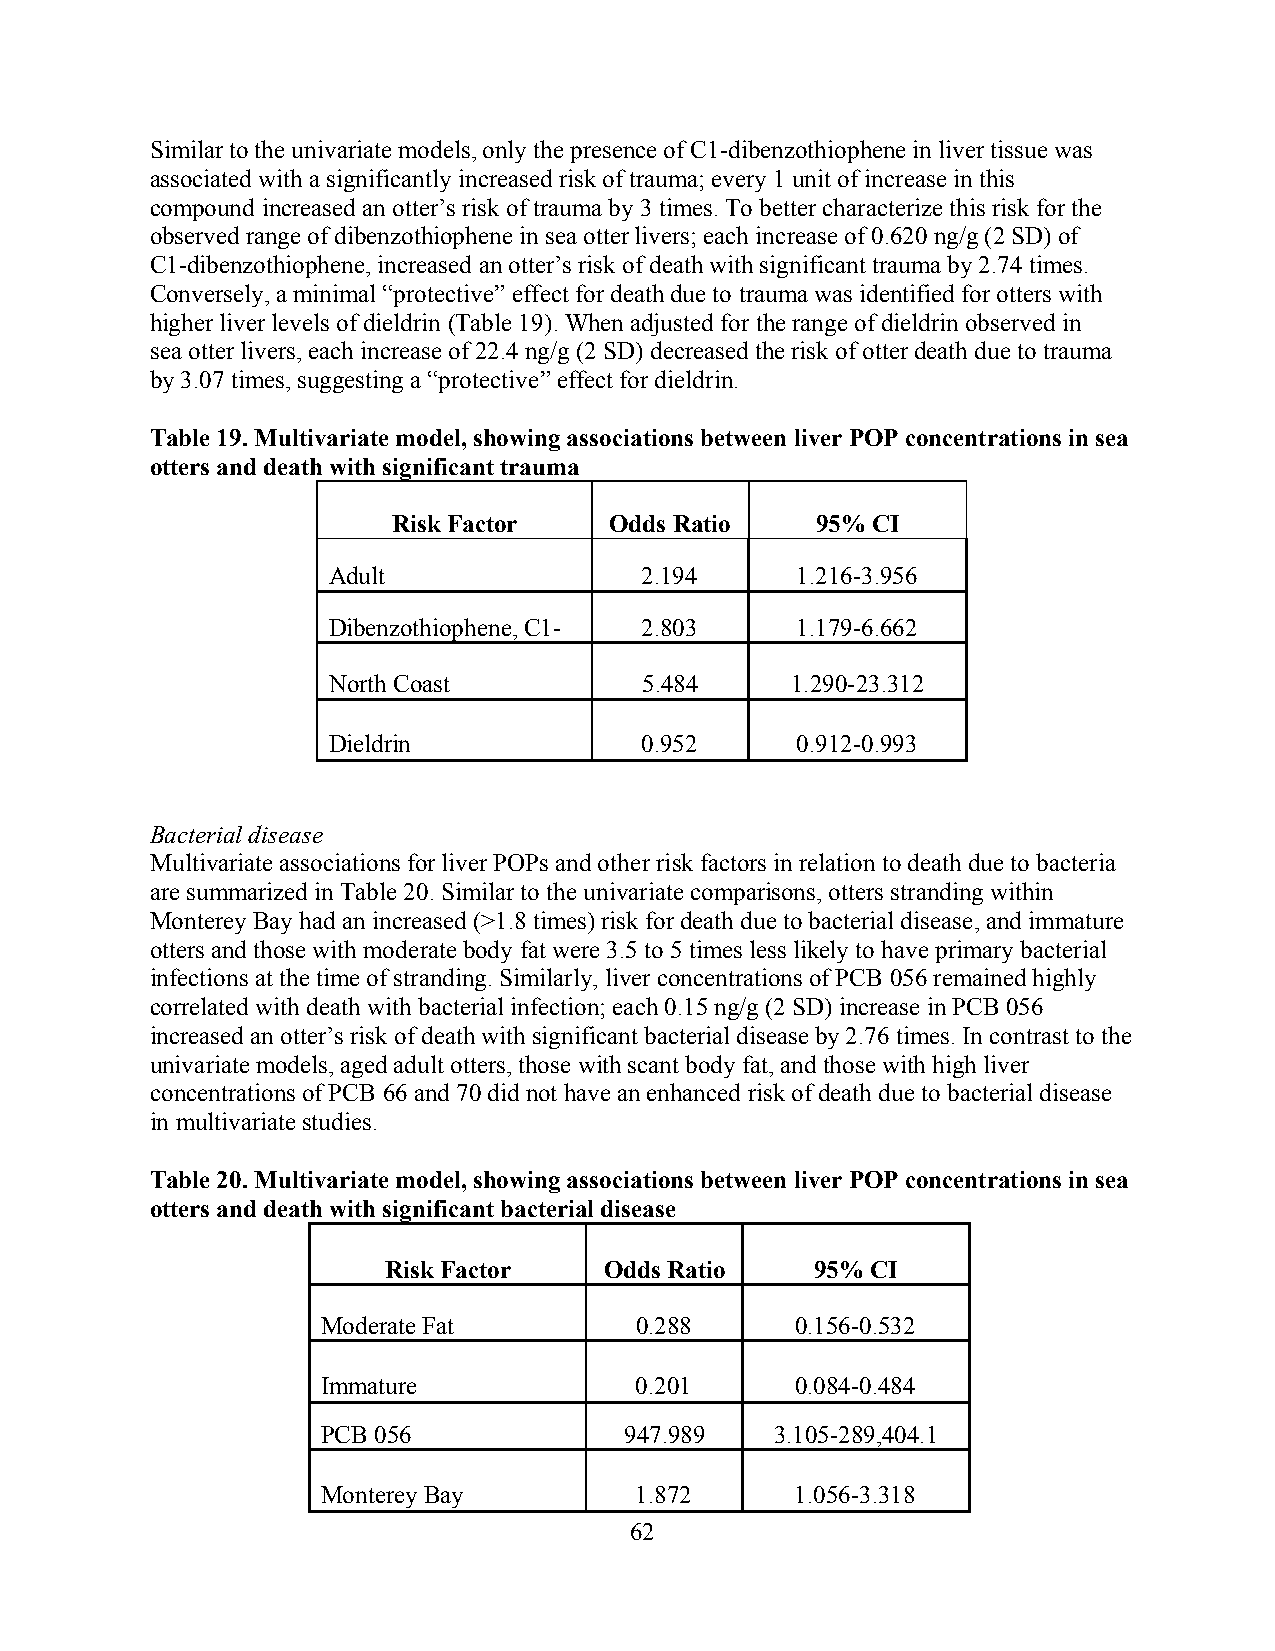
Similar to the univariate models, only the presence of C1-dibenzothiophene in liver tissue was
 associated with a significantly increased risk of trauma; every 1 unit of increase in this
 compound increased an otter’s risk of trauma by 3 times. To better characterize this risk for the
 observed range of dibenzothiophene in sea otter livers; each increase of 0.620 ng/g (2 SD) of
 C1-dibenzothiophene, increased an otter’s risk of death with significant trauma by 2.74 times.
 Conversely, a minimal “protective” effect for death due to trauma was identified for otters with
 higher liver levels of dieldrin (Table 19). When adjusted for the range of dieldrin observed in
 sea otter livers, each increase of 22.4 ng/g (2 SD) decreased the risk of otter death due to trauma
 by 3.07 times, suggesting a “protective” effect for dieldrin.
 Table 19. Multivariate model, showing associations between liver POP concentrations in sea
 otters and death with significant trauma
 Risk Factor   Odds Ratio    95% CI
 Adult                2.194     1.216-3.956
 Dibenzothiophene, C1- 2.803    1.179-6.662
 North Coast          5.484    1.290-23.312
 Dieldrin             0.952     0.912-0.993
 Bacterial disease
 Multivariate associations for liver POPs and other risk factors in relation to death due to bacteria
 are summarized in Table 20. Similar to the univariate comparisons, otters stranding within
 Monterey Bay had an increased (>1.8 times) risk for death due to bacterial disease, and immature
 otters and those with moderate body fat were 3.5 to 5 times less likely to have primary bacterial
 infections at the time of stranding. Similarly, liver concentrations of PCB 056 remained highly
 correlated with death with bacterial infection; each 0.15 ng/g (2 SD) increase in PCB 056
 increased an otter’s risk of death with significant bacterial disease by 2.76 times. In contrast to the
 univariate models, aged adult otters, those with scant body fat, and those with high liver
 concentrations of PCB 66 and 70 did not have an enhanced risk of death due to bacterial disease
 in multivariate studies.
 Table 20. Multivariate model, showing associations between liver POP concentrations in sea
 otters and death with significant bacterial disease
 Risk Factor    Odds Ratio    95% CI
 Moderate Fat         0.288      0.156-0.532
 Immature             0.201      0.084-0.484
 PCB 056             947.989   3.105-289,404.1
 Monterey Bay         1.872      1.056-3.318
 62